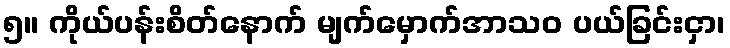
၅။ ကိုယ်ပန်းစိတ်နောက် မျက်မှောက်အာသဝ ပယ်ခြင်းငှာ၊